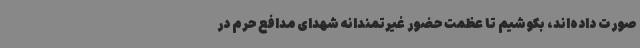
صورت داده‌اند، بکوشیم تا عظمت حضور غیرتمندانه شهدای مدافع حرم در